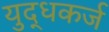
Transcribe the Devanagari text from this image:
युद्धकर्ज